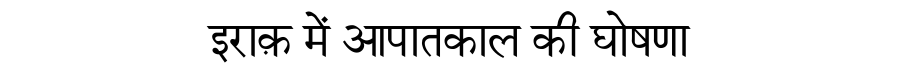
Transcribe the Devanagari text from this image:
इराक़ में आपातकाल की घोषणा